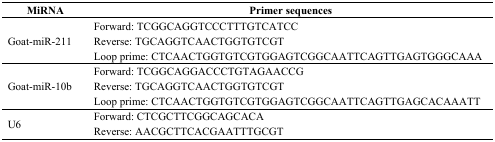
| MiRNA | Primer sequences |
 | --- | --- |
 | <ROWSPAN=3> Goat-miR-211 | Forward: TCGGCAGGTCCCTTTGTCATCC |
 | Reverse: TGCAGGTCAACTGGTGTCGT |
 | Loop prime: CTCAACTGGTGTCGTGGAGTCGGCAATTCAGTTGAGTGGGCAAA |
 | <ROWSPAN=3> Goat-miR-10b | Forward: TCGGCAGGACCCTGTAGAACCG |
 | Reverse: TGCAGGTCAACTGGTGTCGT |
 | Loop prime: CTCAACTGGTGTCGTGGAGTCGGCAATTCAGTTGAGCACAAATT |
 | <ROWSPAN=2> U6 | Forward: CTCGCTTCGGCAGCACA |
 | Reverse: AACGCTTCACGAATTTGCGT |